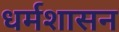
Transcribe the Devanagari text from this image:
धर्मशासन